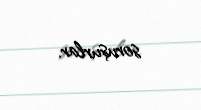
soruşurlar.